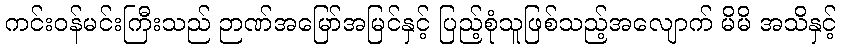
ကင်းဝန်မင်းကြီးသည် ဉာဏ်အမြော်အမြင်နှင့် ပြည့်စုံသူဖြစ်သည့်အလျောက် မိမိ အသိနှင့်